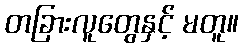
တခြားလူတွေနှင့် မတူ။